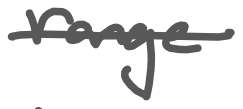
Text: range
Cross-out: single-line
Writing tool: digital_gray